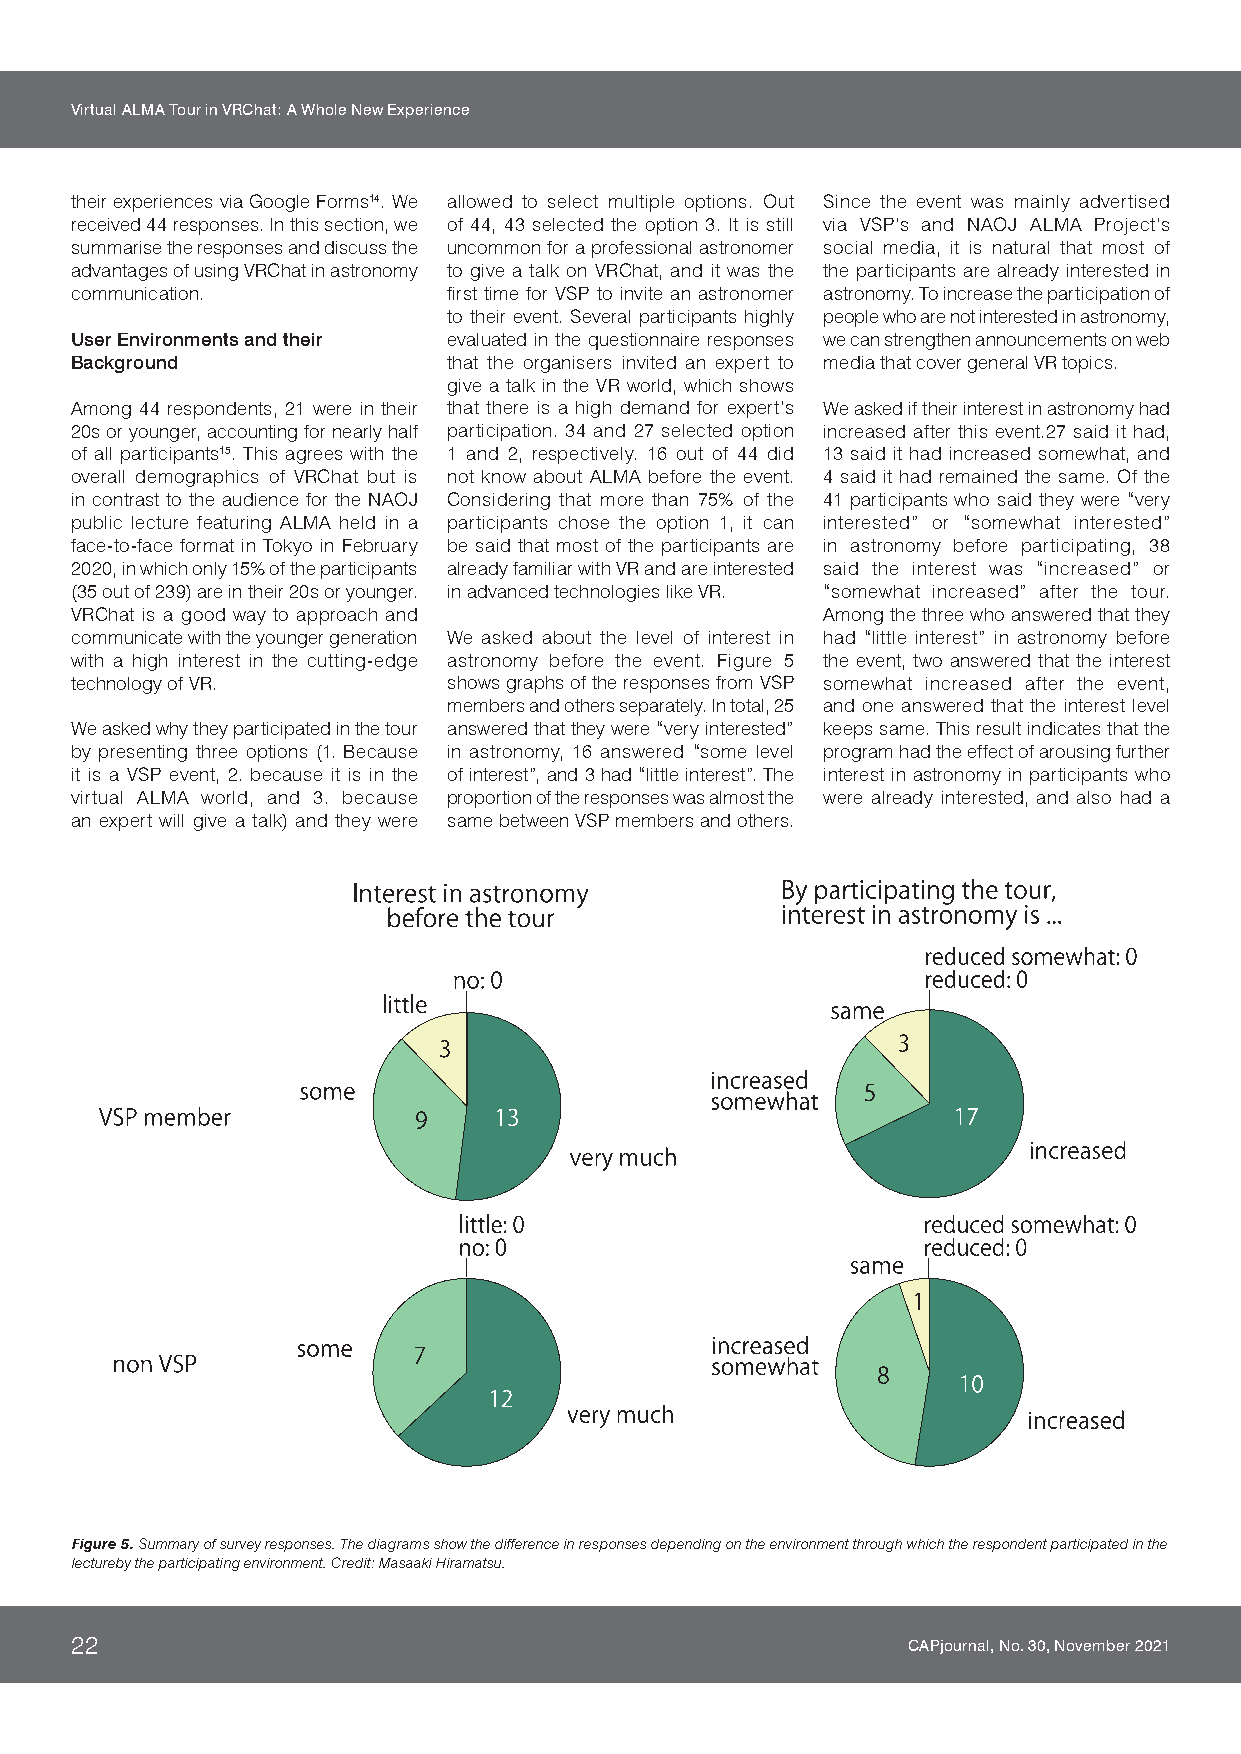
Virtual ALMA Tour in VRChat: A Whole New Experience
 their experiences via Google Forms14. We allowed to select multiple options. Out Since the event was mainly advertised
 received 44 responses. In this section, we of 44, 43 selected the option 3. It is still via VSP’s and NAOJ ALMA Project’s
 summarise the responses and discuss the uncommon for a professional astronomer social media, it is natural that most of
 advantages of using VRChat in astronomy to give a talk on VRChat, and it was the the participants are already interested in
 communication.           first time for VSP to invite an astronomer astronomy. To increase the participation of
 to their event. Several participants highly people who are not interested in astronomy,
 User Environments and their evaluated in the questionnaire responses we can strengthen announcements on web
 Background               that the organisers invited an expert to media that cover general VR topics.
 give a talk in the VR world, which shows
 Among 44 respondents, 21 were in their that there is a high demand for expert’s We asked if their interest in astronomy had
 20s or younger, accounting for nearly half participation. 34 and 27 selected option increased after this event.27 said it had,
 of all participants15. This agrees with the 1 and 2, respectively. 16 out of 44 did 13 said it had increased somewhat, and
 overall demographics of VRChat but is not know about ALMA before the event. 4 said it had remained the same. Of the
 in contrast to the audience for the NAOJ Considering that more than 75% of the 41 participants who said they were “very
 public lecture featuring ALMA held in a participants chose the option 1, it can interested” or “somewhat interested”
 face-to-face format in Tokyo in February be said that most of the participants are in astronomy before participating, 38
 2020, in which only 15% of the participants already familiar with VR and are interested said the interest was “increased” or
 (35 out of 239) are in their 20s or younger. in advanced technologies like VR. “somewhat increased” after the tour.
 VRChat is a good way to approach and             Among the three who answered that they
 communicate with the younger generation We asked about the level of interest in had “little interest” in astronomy before
 with a high interest in the cutting-edge astronomy before the event. Figure 5 the event, two answered that the interest
 technology of VR.        shows graphs of the responses from VSP somewhat increased after the event,
 members and others separately. In total, 25 and one answered that the interest level
 We asked why they participated in the tour answered that they were “very interested” keeps same. This result indicates that the
 by presenting three options (1. Because in astronomy, 16 answered “some level program had the effect of arousing further
 it is a VSP event, 2. because it is in the of interest”, and 3 had “little interest”. The interest in astronomy in participants who
 virtual ALMA world, and 3. because proportion of the responses was almost the were already interested, and also had a
 an expert will give a talk) and they were same between VSP members and others.
 Figure 5. Summary of survey responses. The diagrams show the difference in responses depending on the environment through which the respondent participated in the
 lectureby the participating environment. Credit: Masaaki Hiramatsu.
 22                                                     CAPjournal, No. 30, November 2021